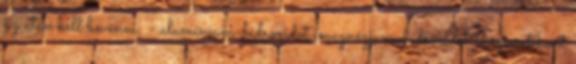
az után kell bevenni; - alumínium-hidroxidot, magnézium-hidroxidot és szimetikont